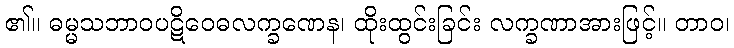
၏။ ဓမ္မသဘာဝပဋိဝေဓလက္ခဏေန၊ ထိုးထွင်းခြင်း လက္ခဏာအားဖြင့်။ တာဝ၊